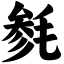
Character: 毵